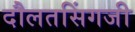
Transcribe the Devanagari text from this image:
दौलतसिंगजी